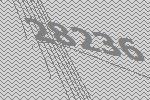
28236